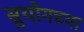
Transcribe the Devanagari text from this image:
सुयोगच्या